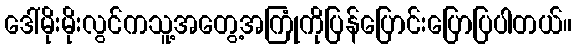
ဒေါ်မိုးမိုးလွင်ကသူ့အတွေ့အကြုံကိုပြန်ပြောင်းပြောပြပါတယ်။